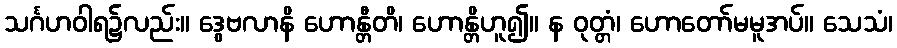
သင်္ဂဟဝါရ၌လည်း။ ဒွေဗလာနိ ဟောန္တီတိ၊ ဟောန္တိဟူ၍။ န ဝုတ္တံ၊ ဟောတော်မမူအပ်။ သေသံ၊